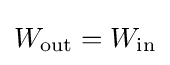
W_{\rm {out}}=W_{\rm {in}}